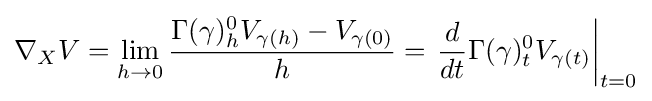
\nabla _{X}V=\lim _{h\to 0}{\frac {\Gamma (\gamma )_{h}^{0}V_{\gamma (h)}-V_{\gamma (0)}}{h}}=\left.{\frac {d}{dt}}\Gamma (\gamma )_{t}^{0}V_{\gamma (t)}\right|_{t=0}